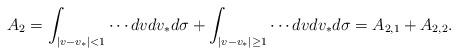
LaTeX: \begin{align*}A_2 = \int_{|v-v_*| < 1} \cdots dvdv_*d\sigma + \int_{|v-v_*| \ge 1} \cdots dvdv_*d\sigma= A_{2,1} + A_{2,2}.\end{align*}